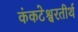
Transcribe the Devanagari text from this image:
कंकटेश्वरतीर्थ